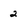
Character: 2